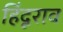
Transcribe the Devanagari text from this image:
हिंदूराव